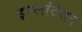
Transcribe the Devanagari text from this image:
इम्प्लांटेशन